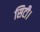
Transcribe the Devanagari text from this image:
सिटी।